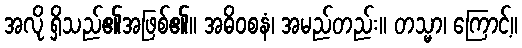
အလို ရှိသည်၏အဖြစ်၏။ အဓိဝစနံ၊ အမည်တည်း။ တသ္မာ၊ ကြောင့်။